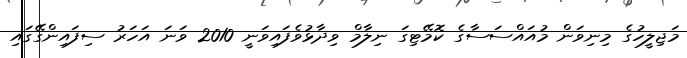
މަޖިލީހުގެ މިނިވަން މުއައްސަސާގެ ކޮމޭޓިގަ ނިލާމް ވިދާޅުވެފައިވަނީ 2010 ވަނަ އަހަރު ސިފައިންގޭގައި